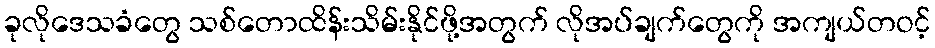
ခုလိုဒေသခံတွေ သစ်တောထိန်းသိမ်းနိုင်ဖို့အတွက် လိုအပ်ချက်တွေကို အကျယ်တဝင့်